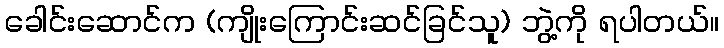
ခေါင်းဆောင်က (ကျိုးကြောင်းဆင်ခြင်သူ) ဘွဲ့ကို ရပါတယ်။